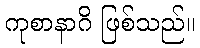
ကုစာနာဂိ ဖြစ်သည်။